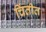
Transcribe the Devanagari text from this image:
चिंतीत